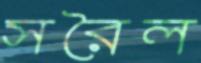
সরৈল